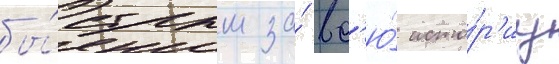
бы́стрым за́ вс'ю́ исто́р'иу